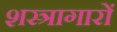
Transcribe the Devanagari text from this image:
शस्त्रागारों